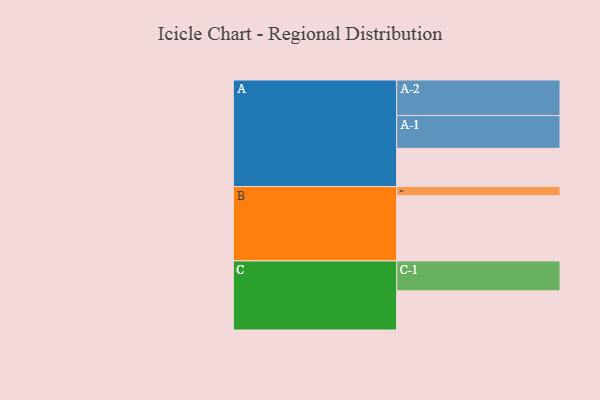
{"axis": {"x": "Segment", "y": "Value"}, "legend": ["", "A", "B", "C"], "data": [{"x": "A", "y": 317, "type": ""}, {"x": "B", "y": 541, "type": ""}, {"x": "C", "y": 325, "type": ""}, {"x": "A-1", "y": 272, "type": "A"}, {"x": "A-2", "y": 295, "type": "A"}, {"x": "B-1", "y": 76, "type": "B"}, {"x": "C-1", "y": 248, "type": "C"}]}